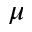
\mu